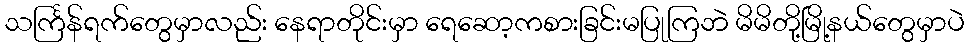
သင်္ကြန်ရက်တွေမှာလည်း နေရာတိုင်းမှာ ရေဆော့ကစားခြင်းမပြုကြဘဲ မိမိတို့မြို့နယ်တွေမှာပဲ